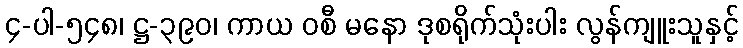
၄-ပါ-၅၄၈၊ ဋ္ဌ-၃၉၀၊ ကာယ ဝစီ မနော ဒုစရိုက်သုံးပါး လွန်ကျူးသူနှင့်